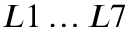
L 1 \ldots L 7